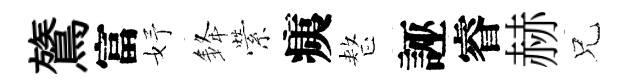
鷟富妤𨦟縈痍整誣睿赫兄